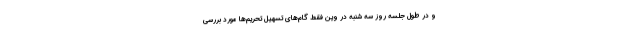
و در طول جلسه روز سه شنبه در وین فقط گام‌های تسهیل تحریم‌ها مورد بررسی